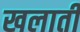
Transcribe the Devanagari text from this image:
खलाती